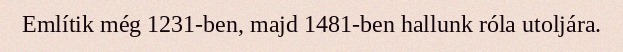
Említik még 1231-ben, majd 1481-ben hallunk róla utoljára.